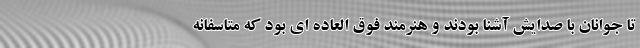
تا جوانان با صدایش آشنا بودند و هنرمند فوق العاده ای بود که متاسفانه